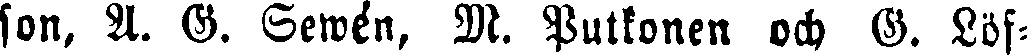
son, 31. G. Sewén, M. Putkonen och G. Löf-